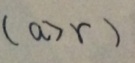
( a > r )